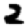
Digit: 2